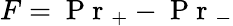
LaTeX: F=\mathrm{~P~r~}_{+}-\mathrm{~P~r~}_{-}